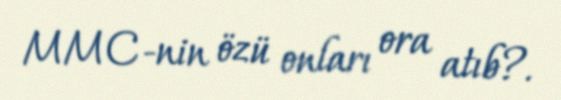
MMC-nin özü onları ora atıb?.